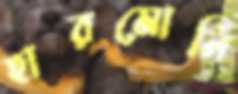
হারমোনি